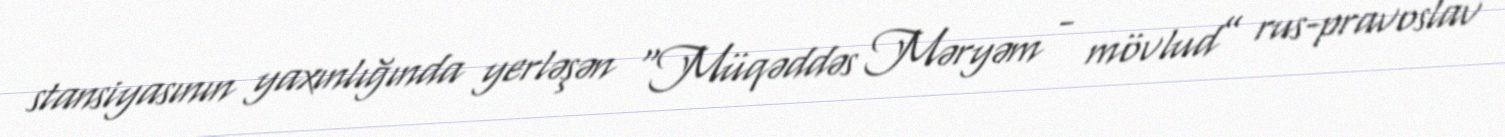
stansiyasının yaxınlığında yerləşən “Müqəddəs Məryəm - mövlud” rus-pravoslav